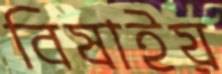
বিষাইয়